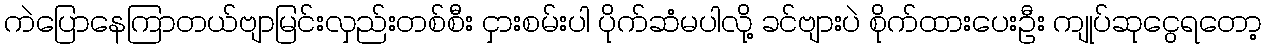
ကဲပြောနေကြာတယ်ဗျာမြင်းလှည်းတစ်စီး ငှားစမ်းပါ ပိုက်ဆံမပါလို့ ခင်ဗျားပဲ စိုက်ထားပေးဦး ကျုပ်ဆုငွေရတော့